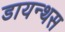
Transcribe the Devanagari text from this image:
डायन्थस